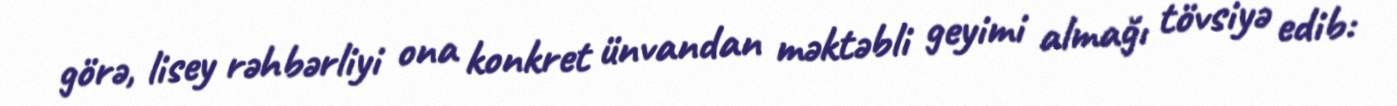
görə, lisey rəhbərliyi ona konkret ünvandan məktəbli geyimi almağı tövsiyə edib: